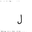
Letter: _lam